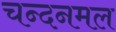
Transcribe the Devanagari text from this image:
चन्दनमल